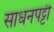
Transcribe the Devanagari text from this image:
साधनपट्टी